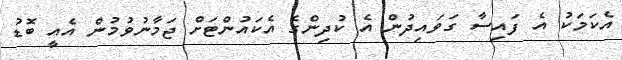
އެކަމަކު އެ ފައިސާ ގަވައިދުން އެ ކުދިންގެ އެކައުންޓަށް ޖަމާނުވުމުން އެއީ ބޮޑު